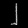
Digit: ၂